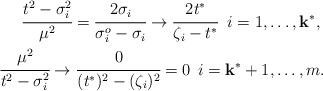
LaTeX: \begin{align*}\cfrac{t^2 - \sigma_i^2}{\mu^2}=\cfrac{2\sigma_i}{\sigma_i^o -\sigma_i} \rightarrow \cfrac{2t^*}{\zeta_i-t^*} \;\; i=1,\ldots,\mathbf k^*, \; \\\cfrac{\mu^2}{t^2 - \sigma_i^2} \rightarrow \cfrac{0}{(t^*)^2 - (\zeta_i)^2 } =0 \; \, i=\mathbf k^*+1,\ldots,m.\end{align*}